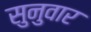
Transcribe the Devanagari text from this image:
सुनुवार